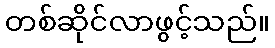
တစ်ဆိုင်လာဖွင့်သည်။